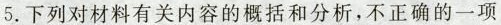
5. 下列对材料有关内容的概括和分析，不正确的一项